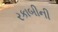
રકાબીની